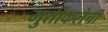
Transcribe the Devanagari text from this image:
मुर्तीकलेची